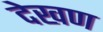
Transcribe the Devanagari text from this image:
देखण